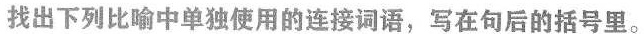
找出下列比喻中单独使用的连接词语，写在句后的括号里。